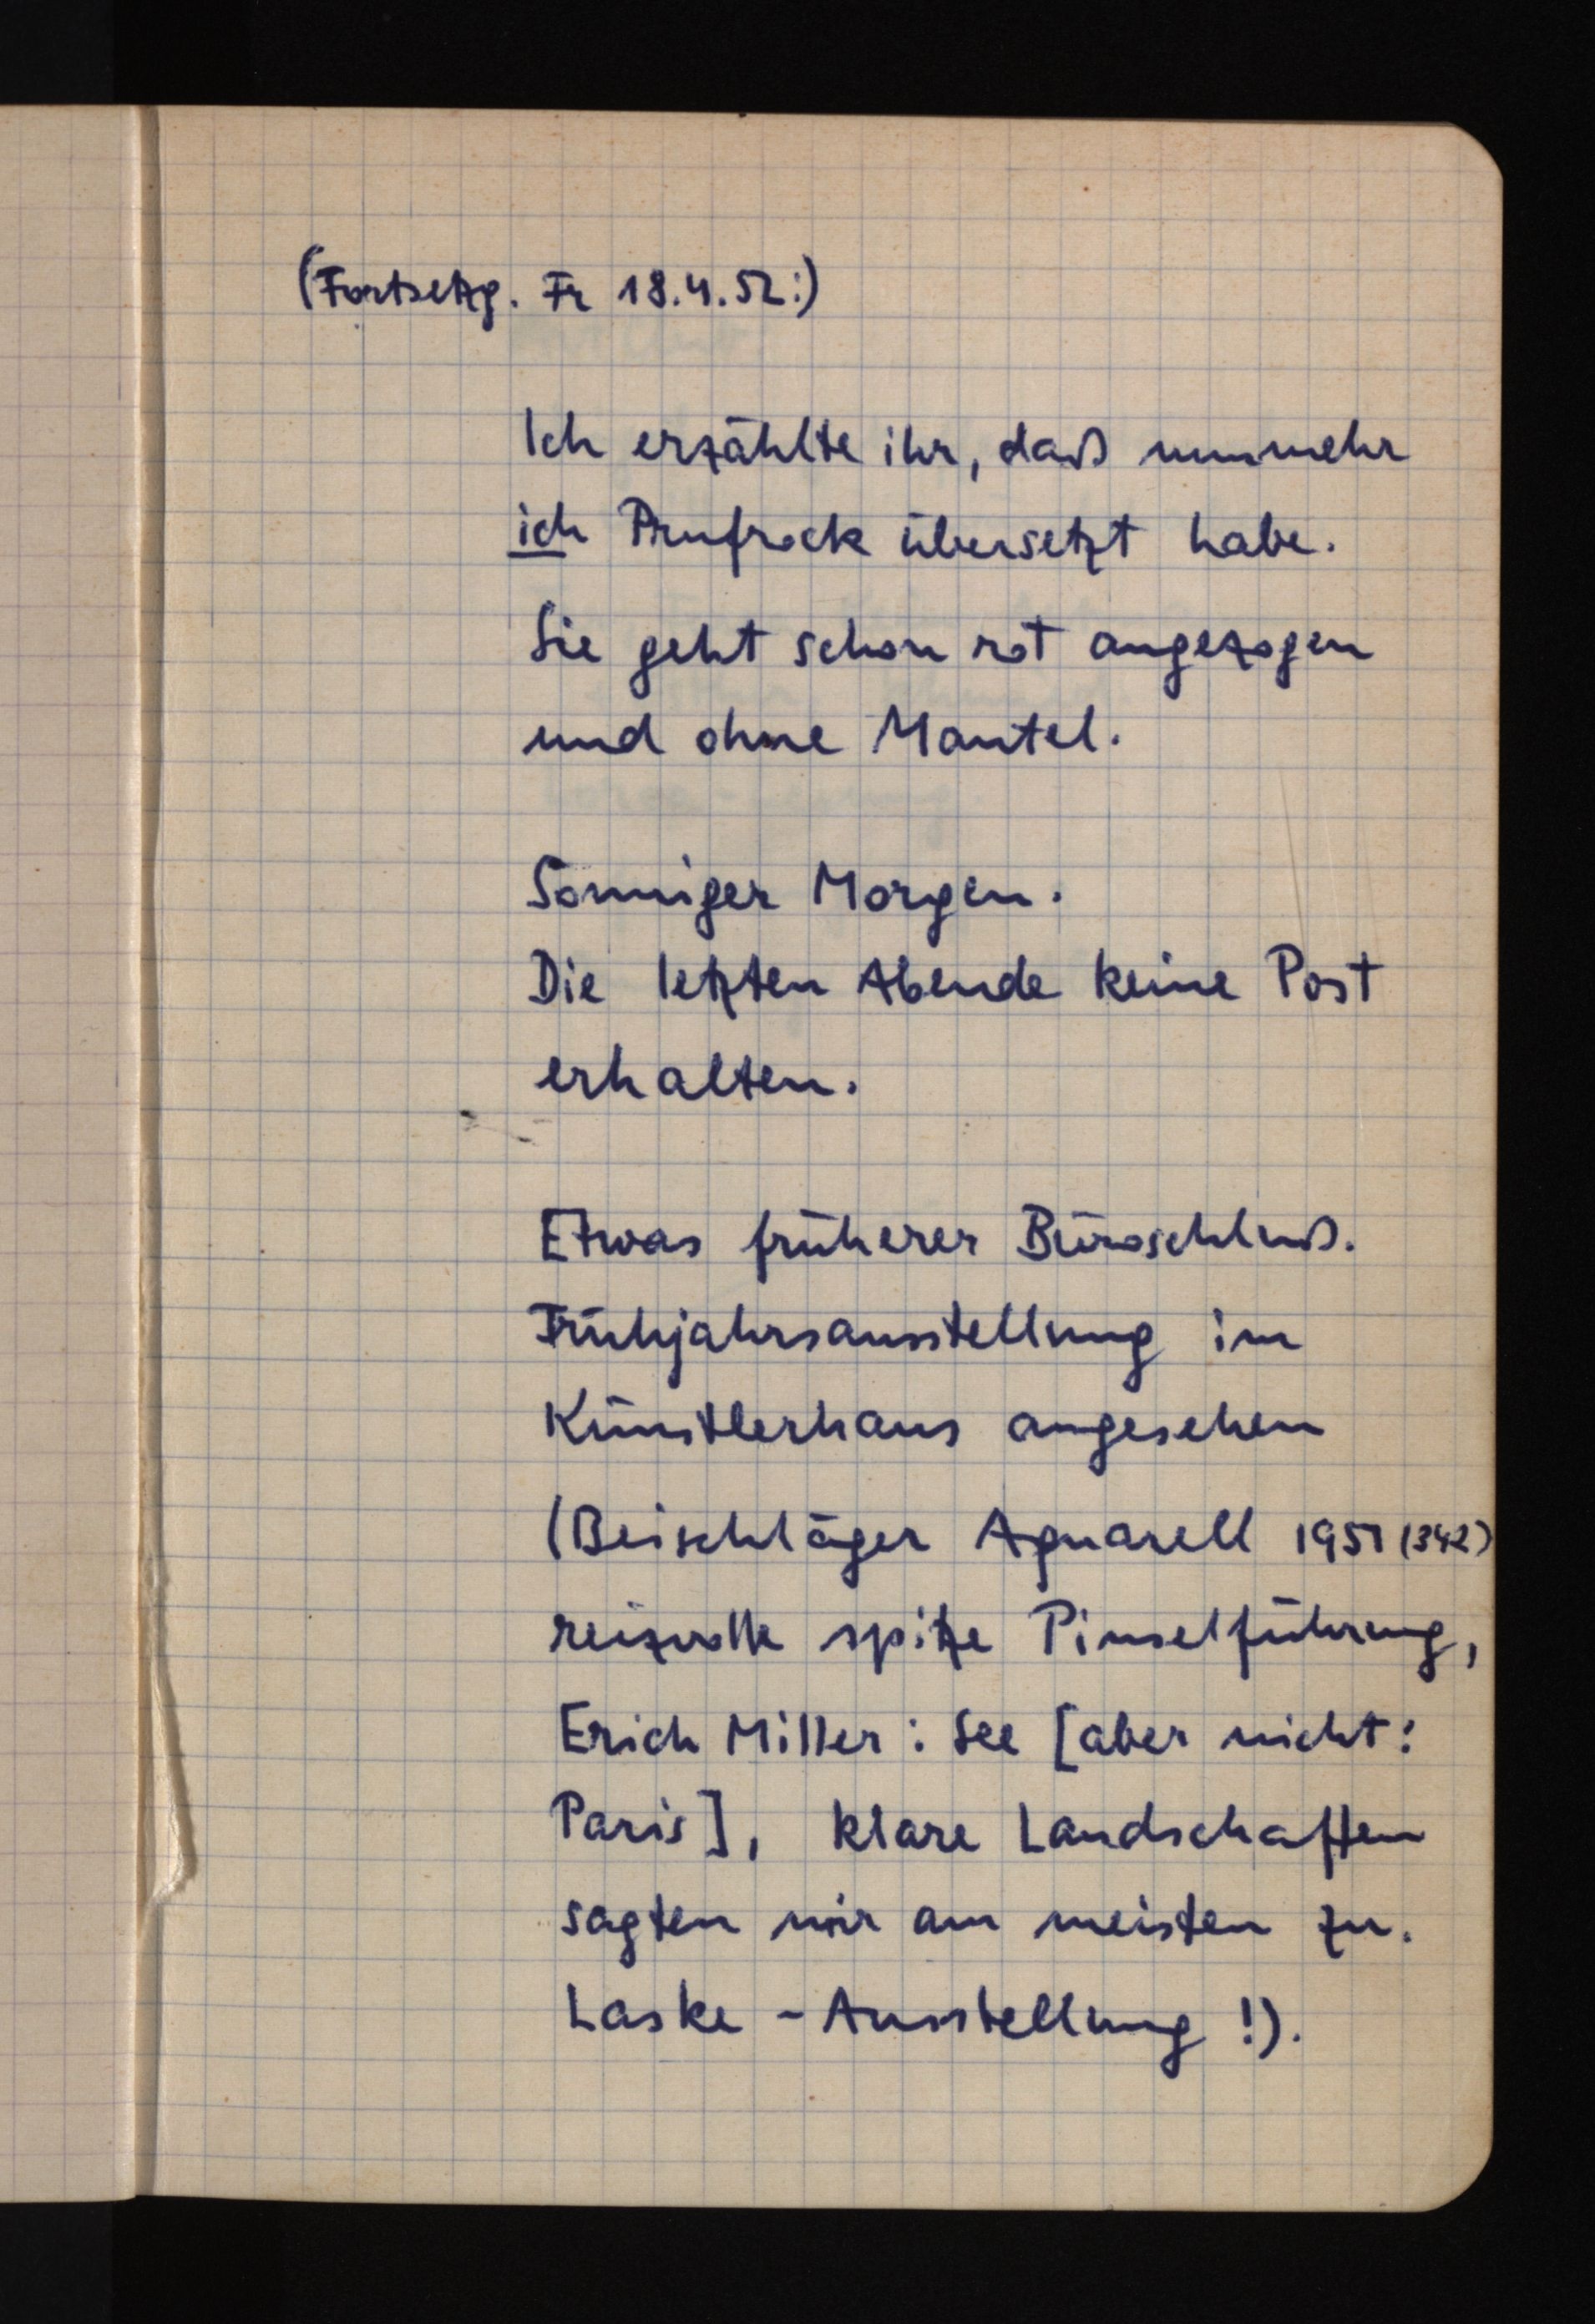
(Fortsetzg. Fr 18.4.52:)
Ich erzählte ihr, daß nunmehr
ich Prufrock übersetzt habe.
Sie geht schon rot angezogen
und ohne Mantel.
Sonniger Morgen.
Die letzten Abende keine Post
erhalten.
Etwas früherer Büroschluß.
Frühjahrsausstellung im
Künstlerhaus angesehen
(Beischläger Aquarell 1951 (342)
reizvolle spitze Pinselführung,
Erich Miller: See [aber nicht:
Paris], klare Landschaften
sagten mir am meisten zu.
Laske-Ausstellung!).